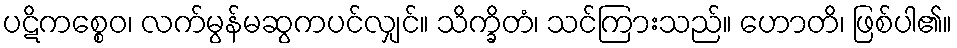
ပဋိကစ္စေဝ၊ လက်မွန်မဆွကပင်လျှင်။ သိက္ခိတံ၊ သင်ကြားသည်။ ဟောတိ၊ ဖြစ်ပါ၏။